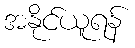
အနိုင်ယူရန်